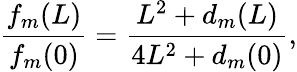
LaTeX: \frac{f_{m}(L)}{f_{m}(0)}=\frac{L^{2}+d_{m}(L)}{4L^{2}+d_{m}(0)},